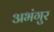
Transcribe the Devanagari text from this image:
अभंगुर